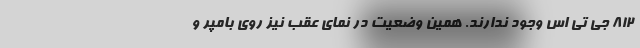
812 جی تی اس وجود ندارند. همین وضعیت در نمای عقب نیز روی بامپر و